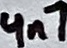
Text: 4n7